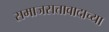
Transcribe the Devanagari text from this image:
समाजसत्तावादाच्या